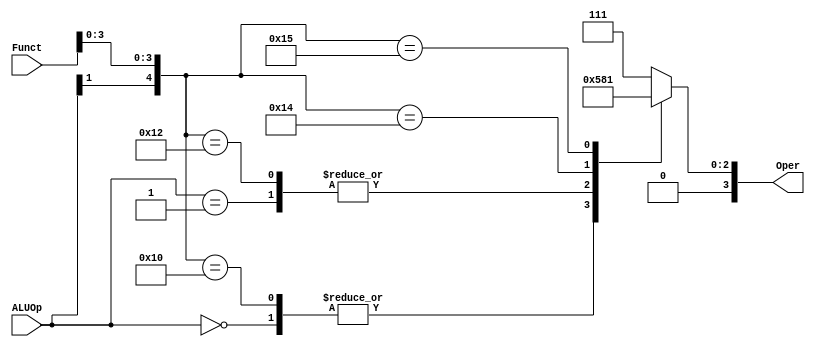
`timescale 1ns / 1ps
//////////////////////////////////////////////////////////////////////////////////
// Company: 
// Engineer: 
// 
// Design Name: 
// Module Name: aluctr
// Project Name: 
// Target Devices: 
// Tool Versions: 
// Description: 
// 
// Dependencies: 
// 
// Revision:
// Revision 0.01 - File Created
// Additional Comments:
// 
//////////////////////////////////////////////////////////////////////////////////


module aluctr(
    input [1:0] ALUOp,
    input [5:0] Funct,
    output [3:0] Oper
    );
    reg [3:0]OPER;
    assign Oper=OPER;
    
    always@(ALUOp or Funct)
     begin
        casex({ALUOp,Funct})
            8'b00xxxxxx:   OPER=4'b0010;
            8'b01xxxxxx:   OPER=4'b0110;
            8'b1xxx0000:   OPER=4'b0010;
            8'b1xxx0010:   OPER=4'b0110;
            8'b1xxx0100:   OPER=4'b0000;
            8'b1xxx0101:   OPER=4'b0001;
            default:       OPER=4'b0111;
        endcase
    end
endmodule